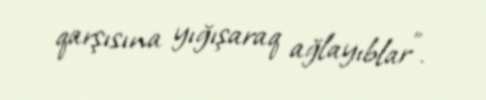
qarşısına yığışaraq ağlayıblar".